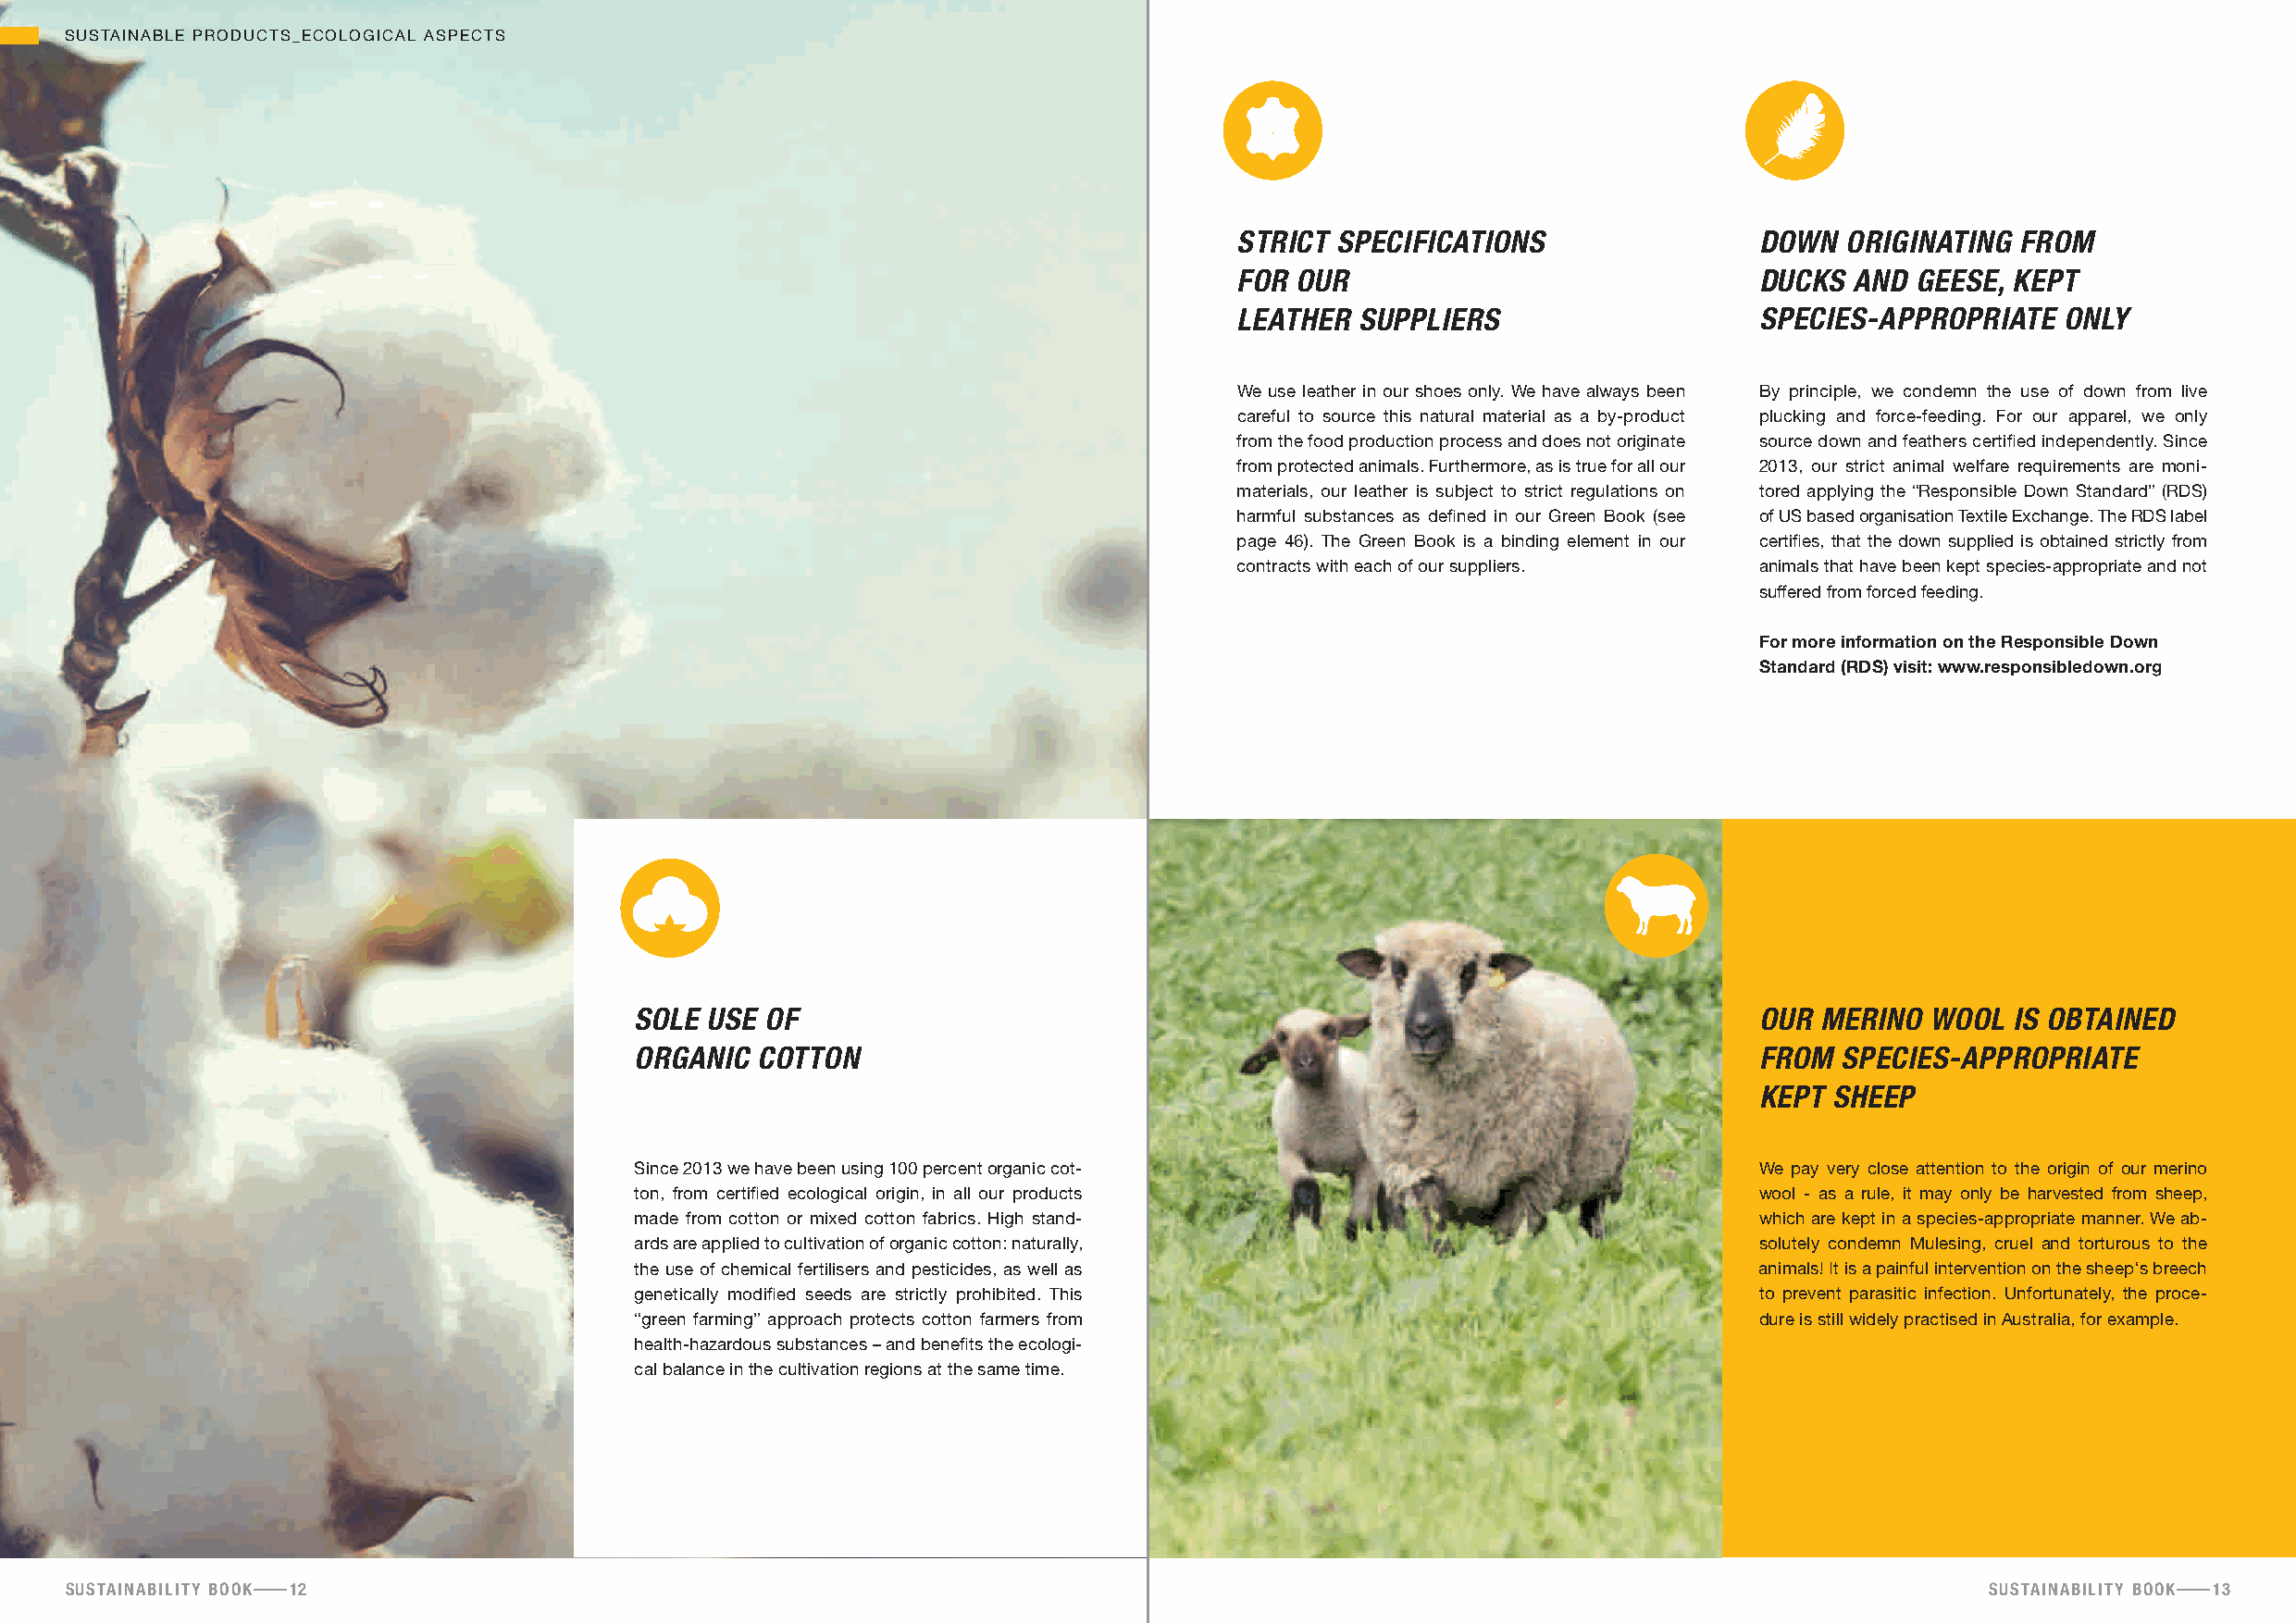
SUSTAINABLE PRODUCTS_ECOLOGICAL ASPECTS
 stRict sPecifications                 down  oRiginating fRom
 foR  ouR                              ducks  and geese, kePt
 leatheR  suPPlieRs                    sPecies-aPPRoPRiate  only
 We use leather in our shoes only. We have always been By principle, we condemn the use of down from live
 careful to source this natural material as a by-product plucking and force-feeding. For our apparel, we only
 from the food production process and does not originate source down and feathers certified independently. Since
 from protected animals. Furthermore, as is true for all our 2013, our strict animal welfare requirements are moni-
 materials, our leather is subject to strict regulations on tored applying the “Responsible Down Standard” (RDS)
 harmful substances as defined in our Green Book (see of US based organisation Textile Exchange. The RDS label
 page 46). The Green Book is a binding element in our certifies, that the down supplied is obtained strictly from
 contracts with each of our suppliers. animals that have been kept species-appropriate and not
 suffered from forced feeding.
 for more information on the responsible down
 standard (rds) visit: www.responsibledown.org
 sole  use of                                                                     ouR meRino  wool  is obtained
 oRganic  cotton                                                                  fRom  sPecies-aPPRoPRiate
 kePt sheeP
 Since 2013 we have been using 100 percent organic cot-                           We pay very close attention to the origin of our merino
 ton, from certified ecological origin, in all our products                       wool - as a rule, it may only be harvested from sheep,
 made from cotton or mixed cotton fabrics. High stand-                            which are kept in a species-appropriate manner. We ab-
 ards are applied to cultivation of organic cotton: naturally,                    solutely condemn Mulesing, cruel and torturous to the
 the use of chemical fertilisers and pesticides, as well as                       animals! It is a painful intervention on the sheep‘s breech
 genetically modified seeds are strictly prohibited. This                         to prevent parasitic infection. Unfortunately, the proce-
 “green farming” approach protects cotton farmers from                            dure is still widely practised in Australia, for example.
 health-hazardous substances – and benefits the ecologi-
 cal balance in the cultivation regions at the same time.
 sustainability booK 12                                                                                                                   sustainability booK 13